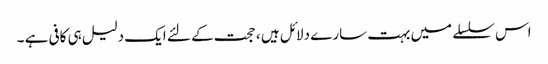
اس سلسلے میں بہت سارے دلائل ہیں ، حجت کے لئے ایک دلیل ہی کافی ہے ۔